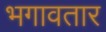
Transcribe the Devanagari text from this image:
भगावतार